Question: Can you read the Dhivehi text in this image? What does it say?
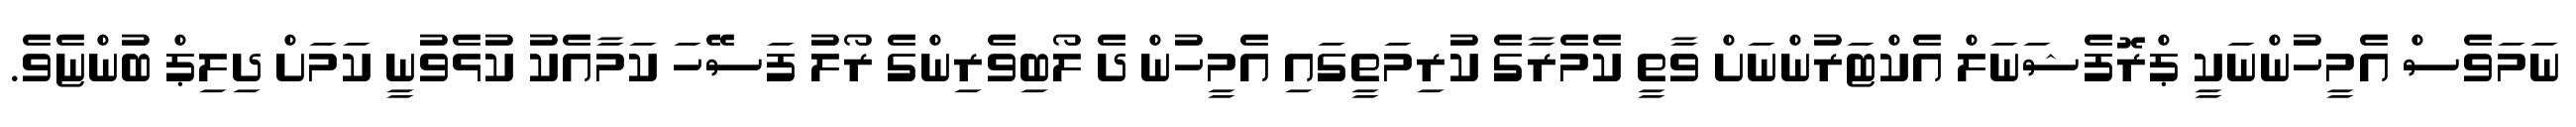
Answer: ނަމަވެސް އެމީހުންނަކީ ޕްރޮފެޝަނަލް އެކްޓަރުންނަށް ވާތީ ކެމެރާގެ ކުރިމަތީގައި އެމީހުން ދެ ލޯބިވެރިންގެ ރޯލު ފަސޭހަ ކަމާއެކު ކުޅެވުނީ ކަމަށް ދިލިޕް ބުންޏެވެ.